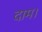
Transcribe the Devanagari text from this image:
दाम।